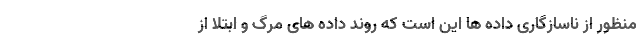
منظور از ناسازگاری داده ها این است که روند داده های مرگ و ابتلا از